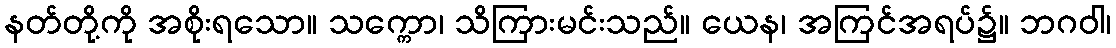
နတ်တို့ကို အစိုးရသော။ သက္ကော၊ သိကြားမင်းသည်။ ယေန၊ အကြင်အရပ်၌။ ဘဂဝါ၊